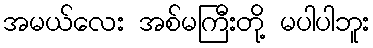
အမယ်လေး အစ်မကြီးတို့ မပါပါဘူး